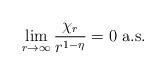
LaTeX: \begin{align*}\lim_{r\to\infty} \frac{\chi_{r}}{r^{1-\eta}} = 0 \mbox{ a.s.}\end{align*}